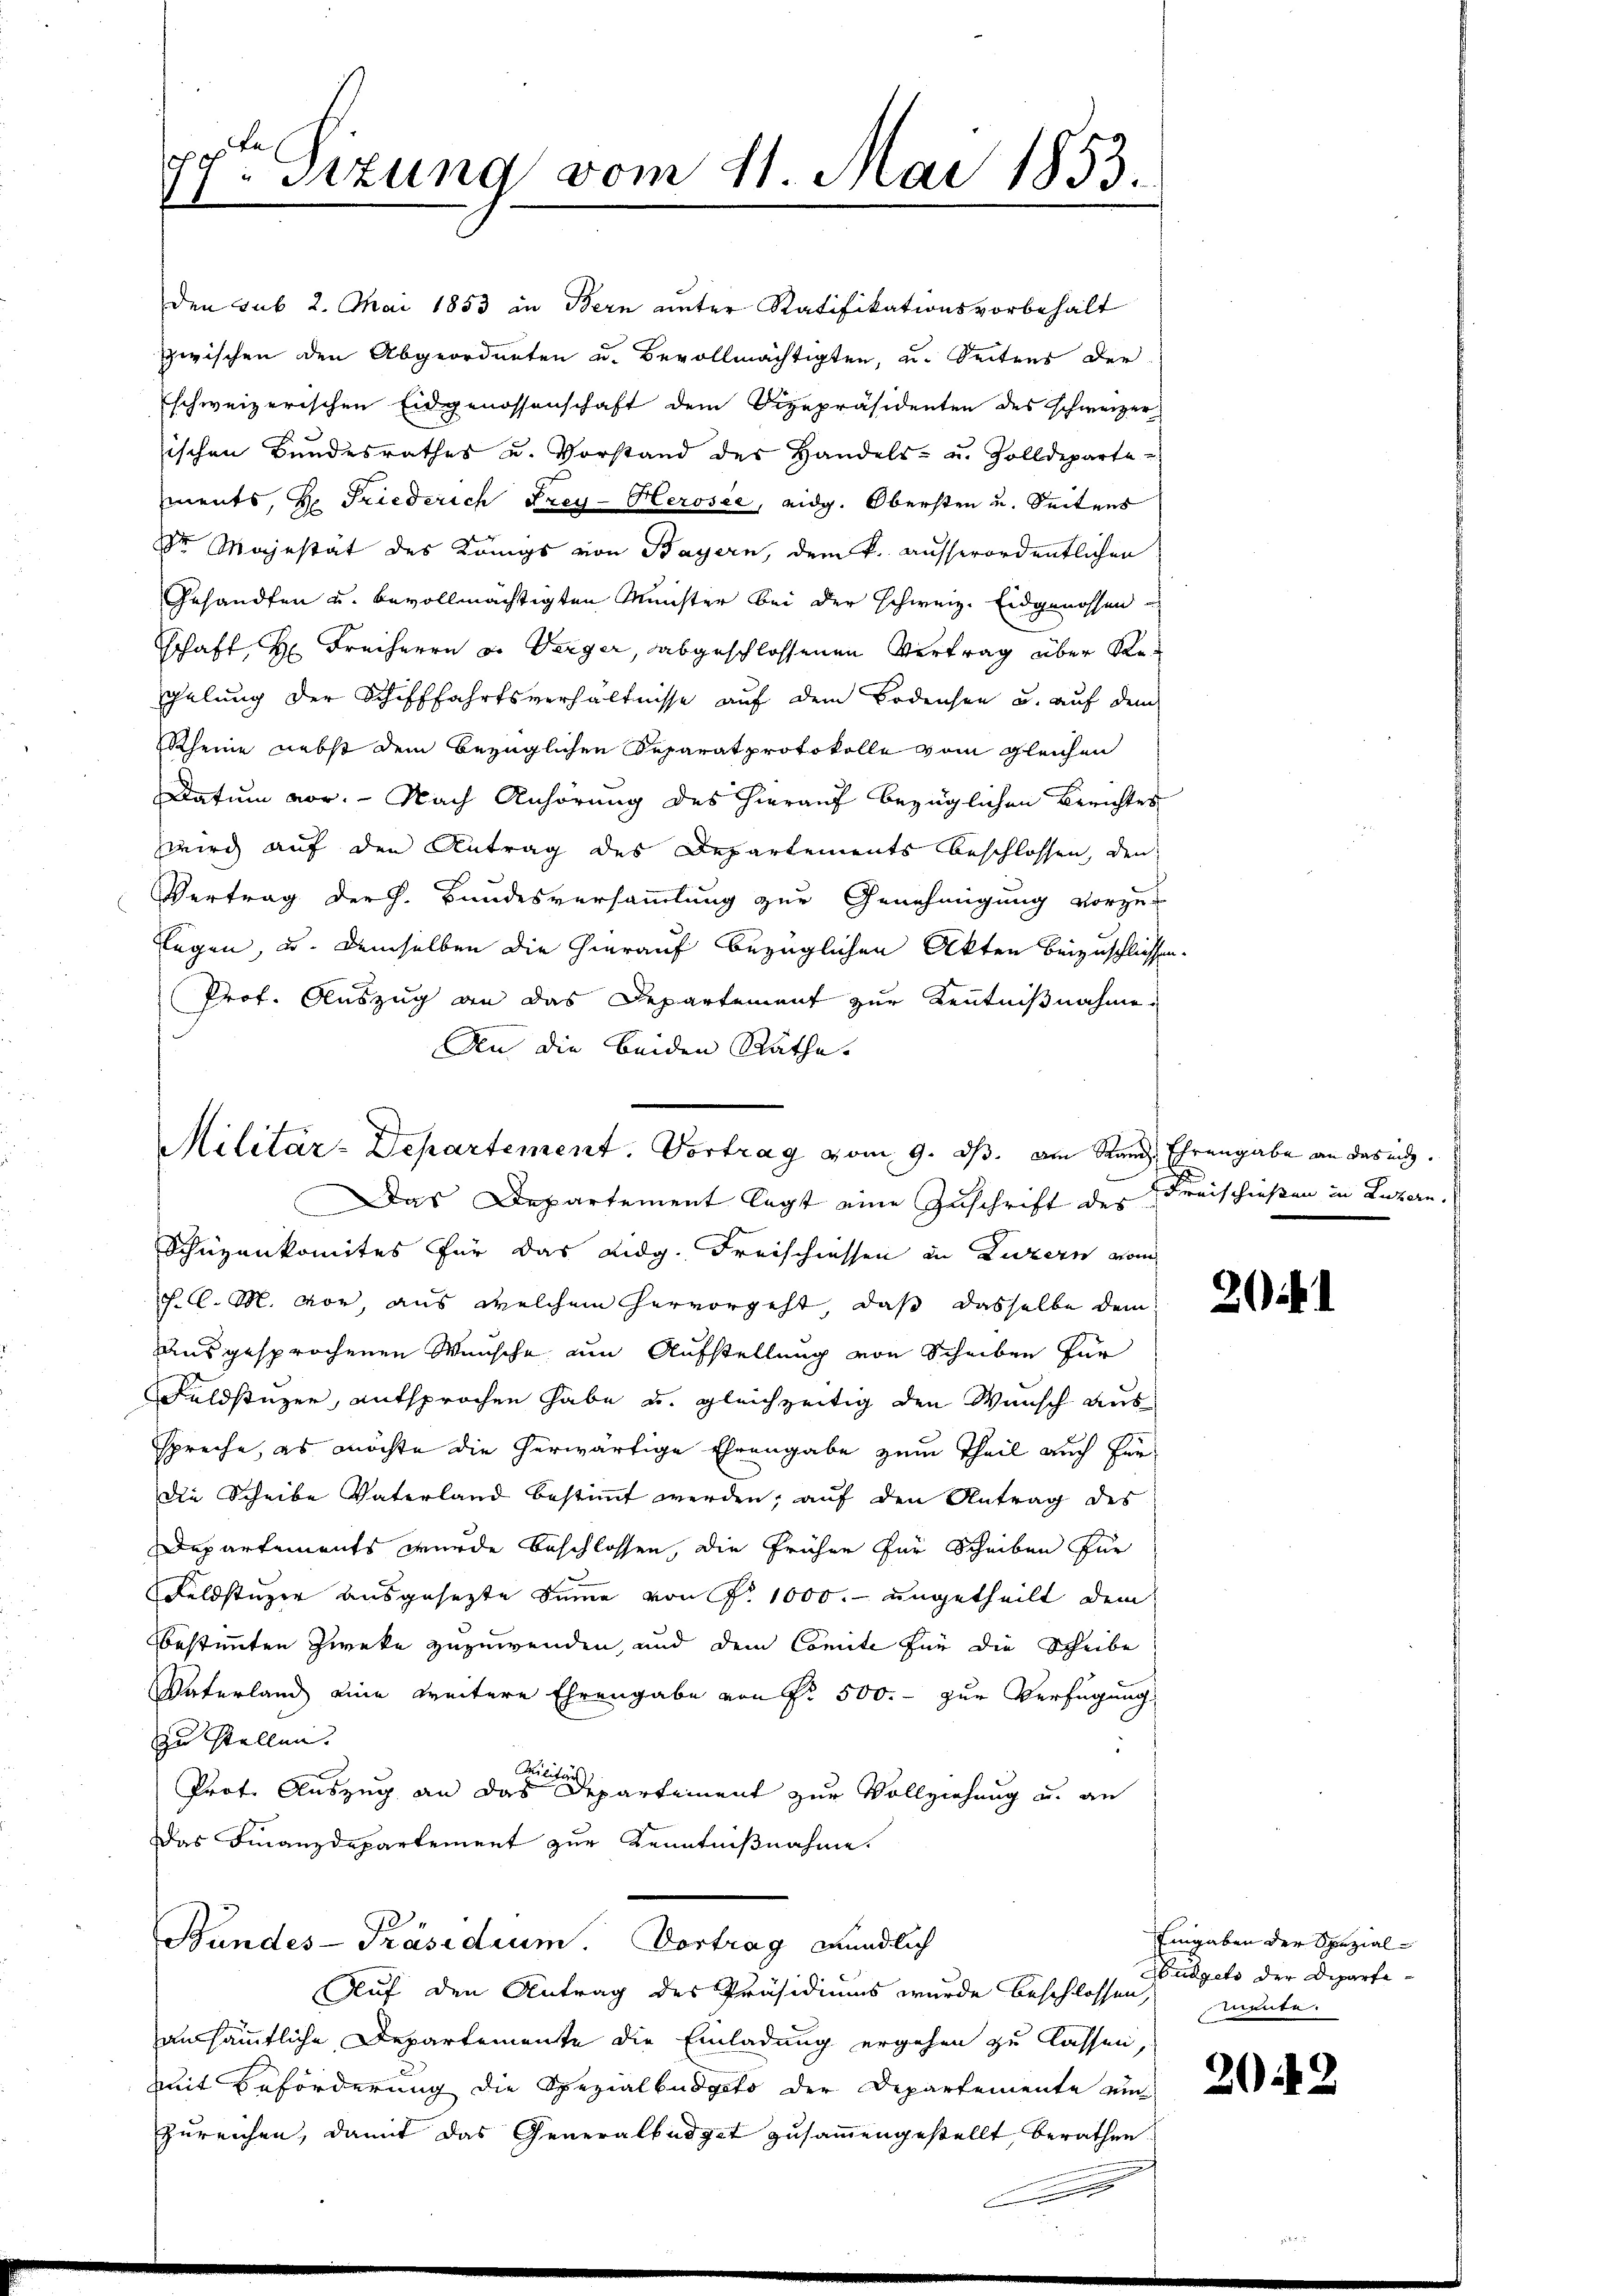
19ten Sizung vom 11. Mai 1853.

Militär-Departement. Vortrag vom 9. dβ. am Rand Ehrengabe an das ich.

den sub 2. Mai 1853 in Bern unter Ratifikationsvorbehalt
zwischen den Abgeordneten u. Bevollmächtigten, u. Seitens der
schweizerischen Eidgenossenschaft dem Vizepräsidenten des schweizer
sischen Bundesrathes u. Vorstand des Handels- u. Zolldeparte
ments, Hr. Friederich Frey- Herosee, eidg. Obersten u. Seitens
Dr Majestät des Königs von Bayern, dem k. ausserordentlichen
Gesandten u. bevollmächtigten Münster bei der schweiz. Eidgenossen
schaft, Hr. Freiherrn a. Verger, abgeschlossenen Vertrag über Re¬
Schelung der Schifffahrtsverhältnisse auf dem Bodensee u. auf dem
Rheine nebst dem bezüglichen Reparat protokolle vom gleichen
Datum vor. Nach Anhörung des hierauf bezüglichen Berichtes
wird auf den Antrag des Departements beschlossen, den
Vertrag der h. Bundesversammlung zur Genehmigung vorzu-
Legen, u. demselben die hierauf bezüglichen Akten beizuschliessen.
Prof. Auszug an das Departement zur Kenntnißnahme
An die beiden Räthe.
Das Departement legt eine Zuschrift des Freischießen in Luzern,
Schüzenkomites für das Lidg. Freischiessen in Luzern vom
J. l. M. vor, aus welchem hervorgeht, daß dasselbe dem
aus gesprochenen Wünsche um Aufstellung von Scheiben für
Fuldstuzer, entsprochen habe u. gleichzeitig den Wunsch aus
spreche, es möchte die herwärtige Ehrengabe zum Theil auch für
die Scheibe Vaterland bestimmt werden, auf den Antrag des
Departements wurde beschlossen, die früher für Scheiben für
Feldstüzer ausgesezte Summe von P. 1000.- ungetheilt dem
bbestimmten Zweke zuzuwenden, und dem Comite für die Scheibe
Vaterland eine weitere Ehrengabe von Fr. 500. - zur Verfügung
zu stellen.
Militärs
Prot. Auszug an das Departement zur Vollziehung u. an
Das Finanzdepartement zur Kenntnißnahme.
Bundes-Präsidium. Vortrag mündlich
Auf den Antrag des Präsidiums wurde beschlossen, mente
aussämmtliche Departemente die Einladung ergehen zu lassen,
mit Beförderung die Spezialbüdgeto der Departemente ein
zureichen, damit das Generalbüdget zusammengestellt, berathen

.

Eingaben der Spezial-
Budgets der Departe¬

2042